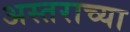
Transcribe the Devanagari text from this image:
अस्तराच्या